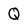
Character: Q